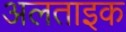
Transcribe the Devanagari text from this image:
अलताइक